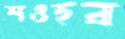
শওহর